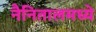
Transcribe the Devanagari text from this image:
नैनितालमध्ये